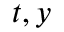
t , y